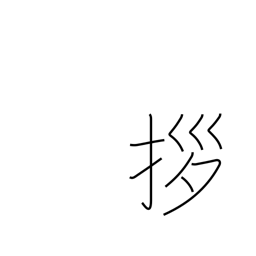
Meaning: draw close